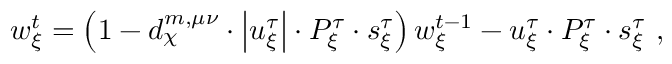
\begin{array} { r } { w _ { \xi } ^ { t } = \left( 1 - d _ { \chi } ^ { m , \mu \nu } \cdot \left| u _ { \xi } ^ { \tau } \right| \cdot P _ { \xi } ^ { \tau } \cdot s _ { \xi } ^ { \tau } \right) w _ { \xi } ^ { t - 1 } - u _ { \xi } ^ { \tau } \cdot P _ { \xi } ^ { \tau } \cdot s _ { \xi } ^ { \tau } \ , } \end{array}